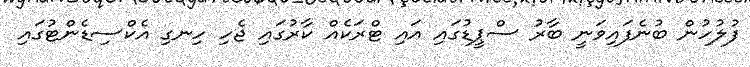
ފުލުހުން ބުނެފައިވަނީ ބާރު ސްޕީޑުގައި އައި ޓްރަކެއް ކާރުގައި ޖެހި ހިނގި އެކްސިޑެންޓުގައި